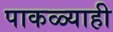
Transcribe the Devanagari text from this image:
पाकळ्याही